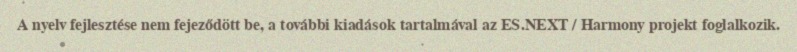
A nyelv fejlesztése nem fejeződött be, a további kiadások tartalmával az ES.NEXT / Harmony projekt foglalkozik.